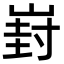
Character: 崶